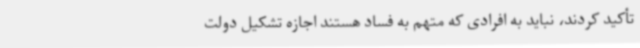
تأکید کردند، نباید به افرادی که متهم به فساد هستند اجازه تشکیل دولت